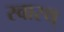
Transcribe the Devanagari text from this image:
स्वास्थ्